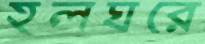
হলঘরে